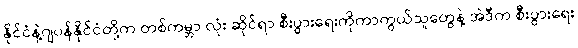
နိုင်ငံနဲ့ဂျပန်နိုင်ငံတို့က တစ်ကမ္ဘာ လုံး ဆိုင်ရာ စီးပွားရေးကိုကာကွယ်သူတွေနဲ့ အဲဒီက စီးပွားရေး